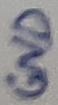
Text: GND